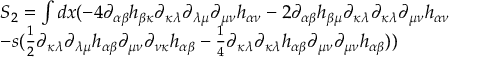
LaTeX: \begin{array} { l } { { S _ { 2 } = \int { d x ( - 4 \partial _ { \alpha \beta } h _ { \beta \kappa } \partial _ { \kappa \lambda } \partial _ { \lambda \mu } \partial _ { \mu \nu } h _ { \alpha \nu } } - 2 \partial _ { \alpha \beta } h _ { \beta \mu } \partial _ { \kappa \lambda } \partial _ { \kappa \lambda } \partial _ { \mu \nu } h _ { \alpha \nu } } } \\ { { - s ( \frac { 1 } { 2 } \partial _ { \kappa \lambda } \partial _ { \lambda \mu } h _ { \alpha \beta } \partial _ { \mu \nu } \partial _ { \nu \kappa } h _ { \alpha \beta } - \frac { 1 } { 4 } \partial _ { \kappa \lambda } \partial _ { \kappa \lambda } h _ { \alpha \beta } \partial _ { \mu \nu } \partial _ { \mu \nu } h _ { \alpha \beta } ) ) } } \end{array}